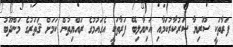
ފަރާތަކީ ސޫރިޔާ ސަރުކާރުކަމާއި އަނިޔާލިބޭ ފަރާތަކީ އެގައުމުގެ ރައްޔިތުން ކަމަށް ޤަތަރުގެ މަންދޫބު